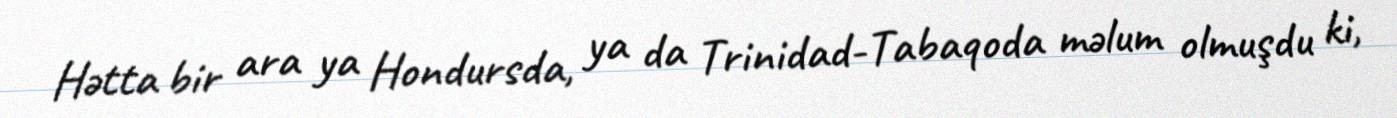
Hətta bir ara ya Hondursda, ya da Trinidad-Tabaqoda məlum olmuşdu ki,